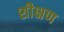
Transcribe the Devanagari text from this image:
शीक्षण